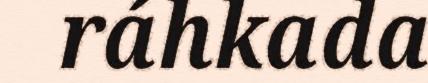
ráhkada